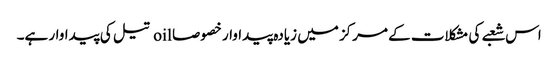
اس شعبے کی مشکلات کے مرکز میں زیادہ پیداوار خصوصا oil تیل کی پیداوار ہے۔